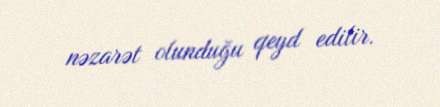
nəzarət olunduğu qeyd edilir.